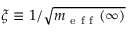
\xi \equiv 1 / \sqrt { m _ { \mathrm { ~ e ~ f ~ f ~ } } ( \infty ) }